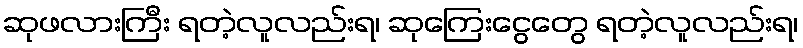
ဆုဖလားကြီး ရတဲ့လူလည်းရ၊ ဆုကြေးငွေတွေ ရတဲ့လူလည်းရ၊